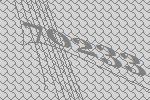
70233